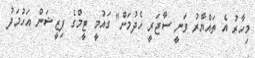
މިހާރު އެ ތައްޔާރު ވަނީ ސާޖަރީ ހެދުމަށް" ގައުމީ ޓީމްގެ ފިޒީޝަން އަހުމަދު